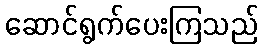
ဆောင်ရွက်ပေးကြသည်